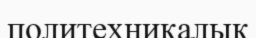
политехниқалық